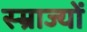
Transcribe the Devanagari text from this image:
स्म्राज्यों